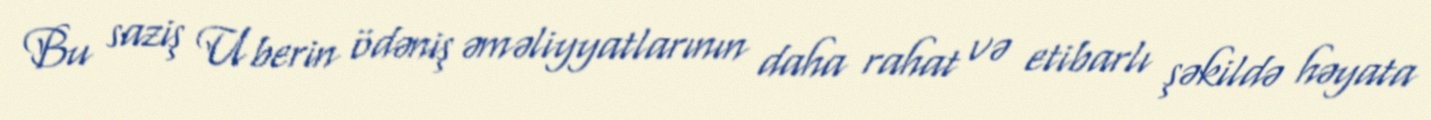
Bu saziş Uberin ödəniş əməliyyatlarının daha rahat və etibarlı şəkildə həyata